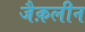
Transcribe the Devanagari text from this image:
जैक़लीन